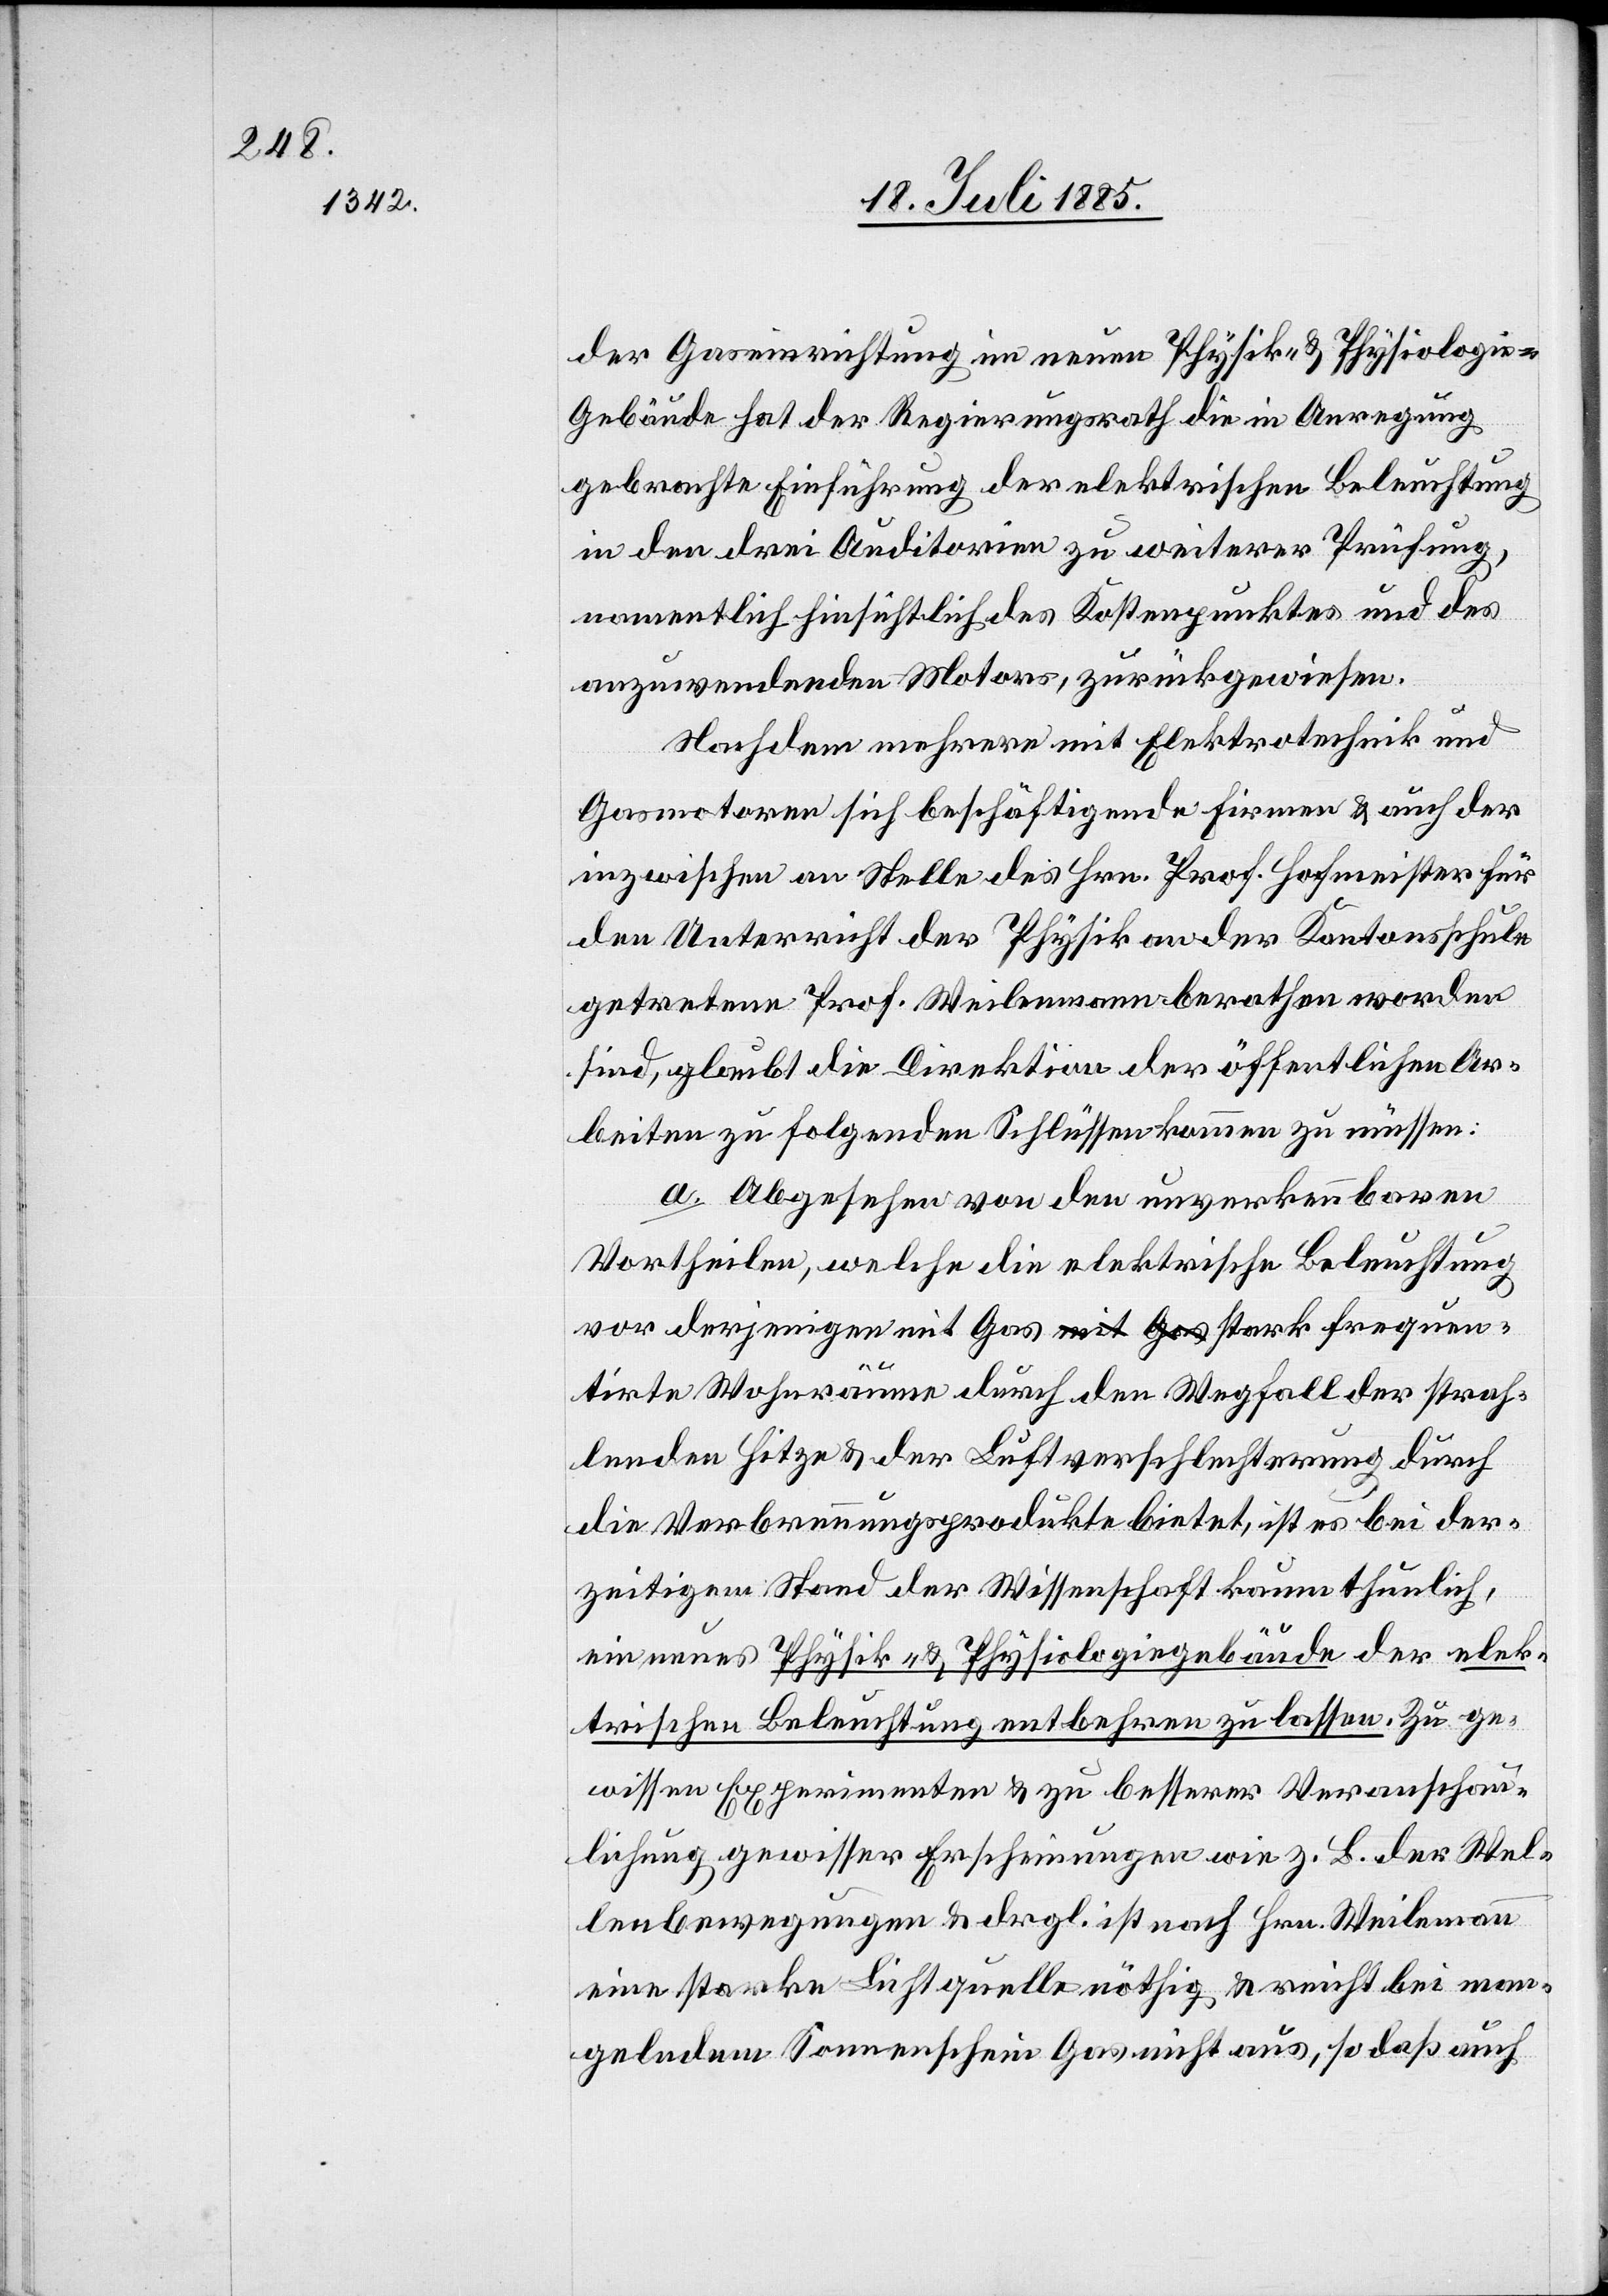
der Gaseinrichtung im neuen Physik- & Physiologi¬
e-Gebäude hat der Regierungsrath die in Anregung
gebrachte Einführung der elektrischen Beleuchtung
in den drei Auditorien zu weiterer Prüfung
namentlich hinsichtlich des Kostenpunktes und des
anzuwendenden Motors, zurückgewiesen.
Nachdem mehrere mit Elektrotechnik und
Gasmotoren sich beschäftigende Firmen & auch der
inzwischen an Stelle des Hrn. Prof. Hofmeister für
den Unterricht der Physik an der Kantonsschule
getretene Prof. Weilenmann berathen worden
sind, glaubt die Direktion der öffentlichen Ar¬
beiten zu folgenden Schlüssen kommen zu müssen:
a. Abgesehen von den unverkennbaren
Vortheilen, welche die elektrische Beleuchtung
vor derjenigen mit Gas stark frequen¬
tirte Wohnräume durch den Wegfall der strah¬
lenden Hitze & der Luftverschlechterung durch
die Verbrennungsprodukte bietet, ist es bei der¬
zeitigem Stand der Wissenschaft kaum thunlich,
ein neues Physik- & Physiologiegebäude der elek¬
trischen Beleuchtung entbehren zu lassen. Zu ge¬
wissen Experimenten & zu besserer Veranschau¬
lichung gewisser Erscheinungen wie z. B. der Wel¬
lenbewegungen & drgl. ist nach Hrn. Weilemann
eine starke Lichtquelle nöthig & reicht bei man¬
gelndem Sonnenschein Gas nicht aus, so daß auch